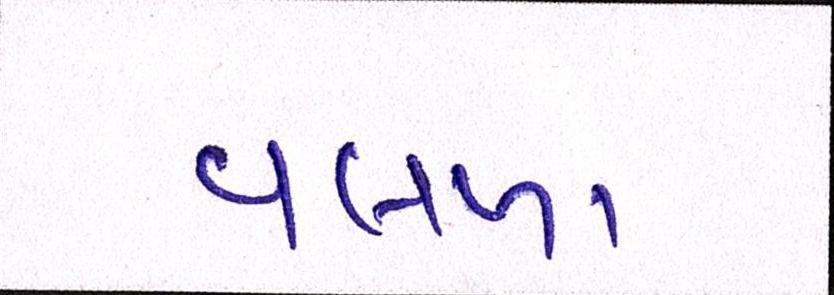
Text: વલખા